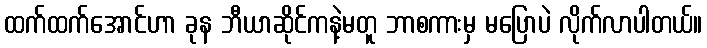
ထက်ထက်အောင်ဟာ ခုန ဘီယာဆိုင်ကနဲ့မတူ ဘာစကားမှ မပြောပဲ လိုက်လာပါတယ်။